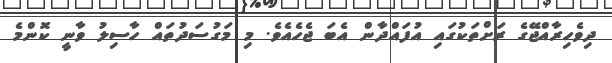
ދިވެހިރާއްޖޭގެ ރަށްތަކުގައި އުފައްދާން އެބަ ޖެހެއެވެ. މި މަގުސަދުތައް ހާސިލު ވާނީ ކޮންމެ